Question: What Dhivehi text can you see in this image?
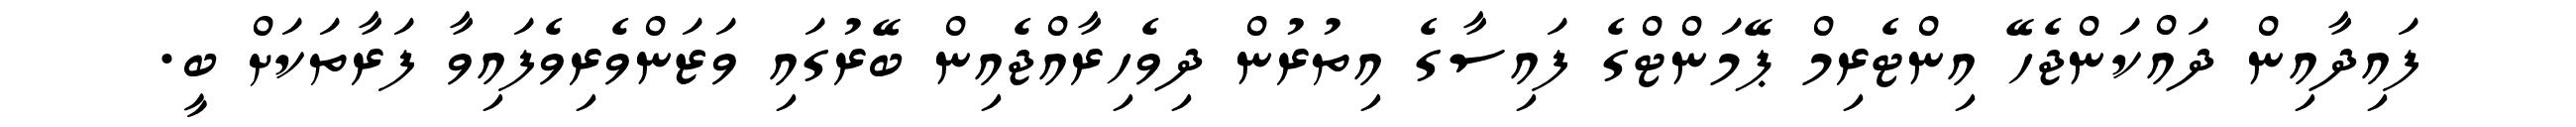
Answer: ފައިދާއިން ދައްކަންޖެހޭ އިންޓެރިމް ޕޭމަންޓްގެ ފައިސާގެ އިތުރުން ދިވެހިރާއްޖެއިން ބޭރުގައި ވަޒަންވެރިވެފައިވާ ފަރާތަކަށް ބީ.